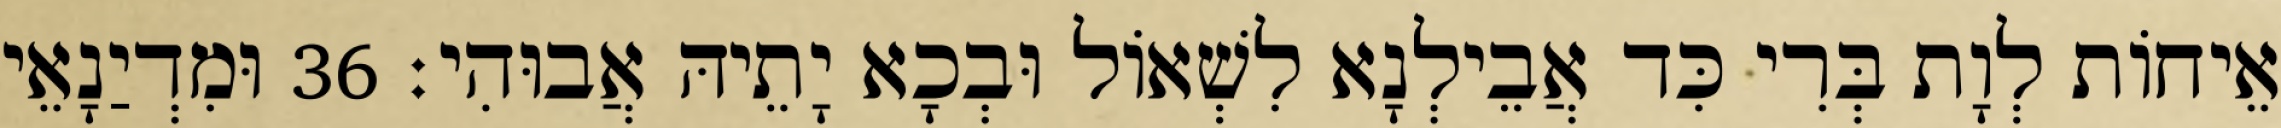
אֵיחוֹת לְוָת בְּרִי כִּד אֲבֵילְנָא לִשְׁאוֹל וּבְכָא יָתֵיהּ אֲבוּהִי׃ 36 וּמִדְיַנָאֵי